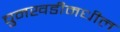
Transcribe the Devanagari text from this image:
चुनखडीमधील